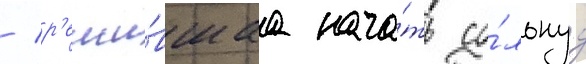
/ р'еши́вшаа нача́ть со́льнуу